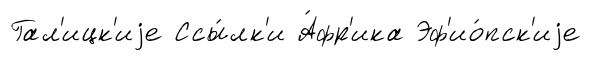
Гал'ицк'иjе Ссы́лк'и А́фр'ика Эф'ио́пск'иjе